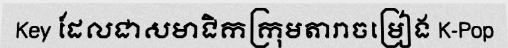
Key ដែលជាសមាជិកក្រុមតារាចម្រៀង K-Pop